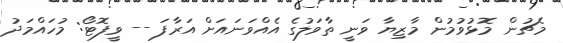
މެޗުން މޮޅުވުމުން މާޒިޔާ ވަނީ ތާވަލުގެ އެއްވަނައަށް އަރާފަ -- ވީފޮޓޯ: މުހައްމަދު